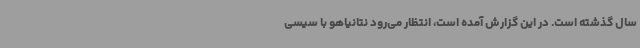
سال گذشته است. در این گزارش آمده است، انتظار می‌رود نتانیاهو با سیسی